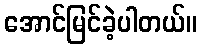
အောင်မြင်ခဲ့ပါတယ်။